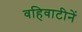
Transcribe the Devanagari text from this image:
वहिवाटीनें